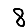
Digit: 8